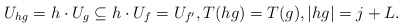
\begin{align*} U_{hg} = h \cdot U_g \subseteq h \cdot U_{f} = U_{f'}, T(hg) = T(g), |hg| = j + L.\end{align*}